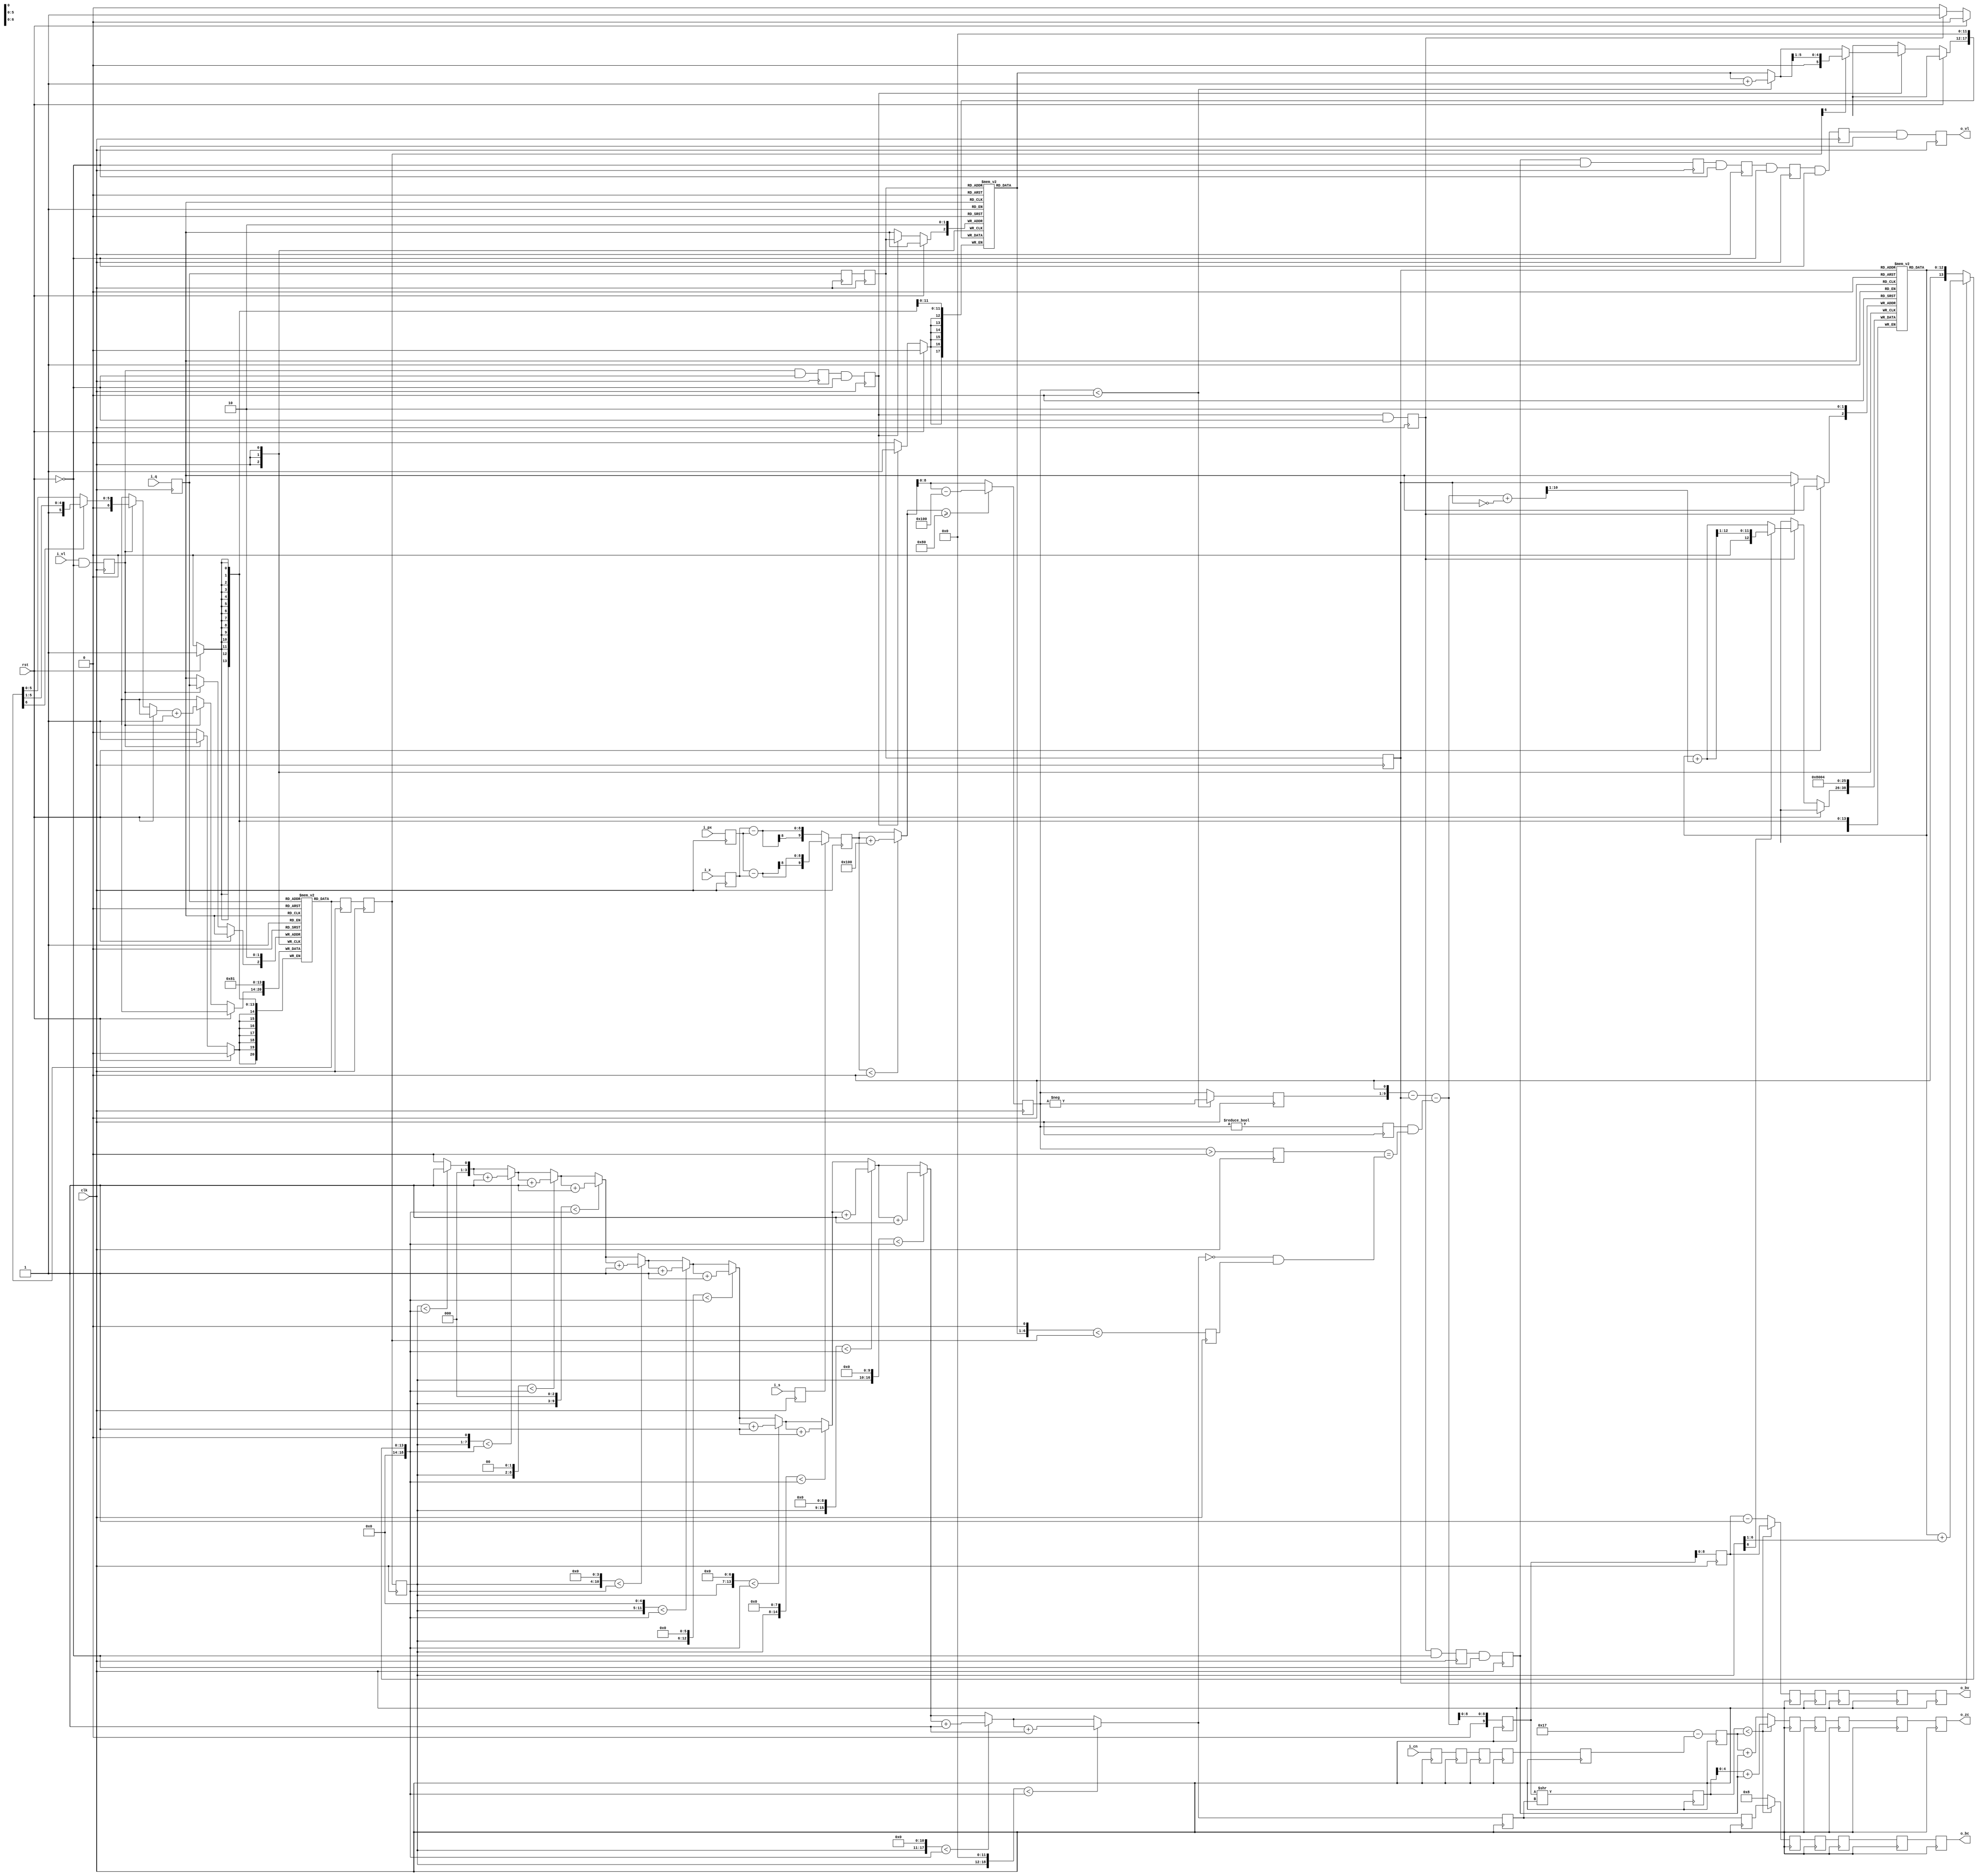

//--------------------------------------------------------------------------------------------------------
// Module  : run
// Type    : synthesizable, IP's submodule
// Standard: Verilog 2001 (IEEE1364-2001)
// Function: JPEG-LS's run-mode pixel encoding pipeline 
//           11 stage pipeline
//--------------------------------------------------------------------------------------------------------

module run (
    input  wire       rst,
    input  wire       clk,
    input  wire       i_vl,
    input  wire [7:0] i_x,
    input  wire [7:0] i_px,
    input  wire       i_s,
    input  wire       i_q,
    input  wire [3:0] i_cn,
    output reg        o_vl,
    output reg  [4:0] o_zc,
    output reg  [8:0] o_bv,
    output reg  [3:0] o_bc
);


localparam [4:0] LIMIT = 5'd23;


function  signed [8:0] modrange;
    input signed [9:0] val;
    reg   signed [9:0] new_val;
begin
    new_val = val;
    if ( new_val < 10'sd0 )
        new_val = new_val + 10'sd256;
    if ( new_val >= 10'sd128 )
        new_val = new_val - 10'sd256;
    modrange = new_val[8:0];
end
endfunction


function  [ 3:0] get_k_r;
    input [ 6:0] N;
    input [12:0] A;
    input [ 0:0] q;
    reg   [18:0] Nt, At;
    integer i;
begin
    Nt = {12'h0, N};
    At = { 6'h0, A};
    get_k_r = 4'd0;
    if (q)
        At = At + {13'd0, N[6:1]};
    for (i=0; i<13; i=i+1)
        if ((Nt<<i) < At)
            get_k_r = get_k_r + 4'd1;
end
endfunction


function  [6:0] N_update;
    input [6:0] N;
begin
    N_update = N;
    if (N[6])
        N_update = (N_update >>> 1);
    N_update = N_update + 7'd1;
end
endfunction


function  [5:0] B_update;
    input [0:0] errm0, reset;
    input [5:0] B;
begin
    B_update = B;
    if (errm0)
        B_update = B_update + 6'd1;
    if (reset)
        B_update = (B_update >>> 1);
end
endfunction


function  [12:0] A_update;
    input [ 0:0] reset, aeqb;
    input [ 9:0] merr;
    input [12:0] A;
    reg   [10:0] Ap;
begin
    Ap = {1'b0, merr} + {10'd0, ~aeqb};
    A_update = A + {3'b0, Ap[10:1]};
    if (reset)
        A_update = (A_update >>> 1);
end
endfunction



reg [ 6:0] Nram [0:1];
reg [12:0] Aram [0:1];
reg [ 5:0] Bram [0:1];

reg              a_vl;
reg        [7:0] a_x;
reg        [7:0] a_px;
reg              a_q;
reg              a_s;
reg        [3:0] a_cn;

reg              b_vl;
reg              b_q;
reg        [6:0] b_N;
reg signed [9:0] b_err;
reg        [3:0] b_cn;

reg              c_vl;
reg              c_q;
reg        [6:0] c_N;
reg signed [8:0] c_err;
reg        [3:0] c_cn;

reg              d_vl;
reg              d_q;
reg        [6:0] d_N;
reg              d_2BltN;
reg              d_errne0;
reg              d_errgt0;
reg        [8:0] d_abserr;
reg        [3:0] d_cn;

reg              e_vl;
reg        [3:0] e_k;
reg        [9:0] e_merr;
reg        [3:0] e_cn;

reg              f_vl;
reg        [3:0] f_k;
reg        [8:0] f_merr;
reg        [8:0] f_merr_sk;
reg        [4:0] f_lm;

reg         g_vl;
reg  [ 4:0] g_zc;
reg  [ 8:0] g_bv;
reg  [ 3:0] g_bc;

reg         h_vl;
reg  [ 4:0] h_zc;
reg  [ 8:0] h_bv;
reg  [ 3:0] h_bc;

reg         j_vl;
reg  [ 4:0] j_zc;
reg  [ 8:0] j_bv;
reg  [ 3:0] j_bc;

reg         k_vl;
reg  [ 4:0] k_zc;
reg  [ 8:0] k_bv;
reg  [ 3:0] k_bc;


always @ (posedge clk) begin
    a_vl <= i_vl & (~rst);
    a_x <= i_x;
    a_px <= i_px;
    a_q <= i_q;
    a_s <= i_s;
    a_cn <= i_cn;
end


wire [6:0] a_N = Nram[a_q];

always @ (posedge clk) begin
    b_vl <= a_vl & (~rst);
    if (rst) begin
        Nram[0] <= 7'd1;
        Nram[1] <= 7'd1;
    end else if (a_vl)
        Nram[a_q] <= N_update(a_N);
    b_q <= a_q;
    b_N <= a_N;
    if (a_s)
        b_err <= $signed({2'h0, a_px}) - $signed({2'h0, a_x});
    else
        b_err <= $signed({2'h0, a_x}) - $signed({2'h0, a_px});
    b_cn <= a_cn;
end


always @ (posedge clk) begin
    c_vl <= b_vl & (~rst);
    c_q <= b_q;
    c_N <= b_N;
    c_err <= modrange(b_err);
    c_cn <= b_cn;
end


wire [5:0] c_B = Bram[c_q];

always @ (posedge clk) begin
    d_vl <= c_vl & (~rst);
    if (rst) begin
        Bram[0] <= 6'd0;
        Bram[1] <= 6'd0;
    end else if (c_vl)
        Bram[c_q] <= B_update((c_err<9'sd0), c_N[6], c_B);
    d_q <= c_q;
    d_N <= c_N;
    d_2BltN <= ({c_B,1'b0} < c_N);
    d_errne0 <= c_err != 9'sd0;
    d_errgt0 <= c_err >  9'sd0;
    if (c_err < 9'sd0)
        d_abserr <= $unsigned(-c_err);
    else
        d_abserr <= $unsigned( c_err);
    d_cn <= c_cn;
end


wire [12:0] d_A    = Aram[d_q];
wire [ 3:0] d_k    = get_k_r(d_N, d_A, d_q);
wire        d_map  = d_errne0 & (d_errgt0 == ((d_k==4'd0) & d_2BltN));
wire [ 9:0] d_merr = ({d_abserr, 1'b0} - {9'd0,d_q} - {9'd0,d_map});

always @ (posedge clk) begin
    e_vl <= d_vl & (~rst);
    if (rst) begin
        Aram[0] <= 13'd4;
        Aram[1] <= 13'd4;
    end else if (d_vl)
        Aram[d_q] <= A_update(d_N[6], d_q, d_merr, d_A);
    e_k <= d_k;
    e_merr <= d_merr[8:0];
    e_cn <= d_cn;
end


wire [9:0] e_merr_sk_e = (e_merr >> e_k);

always @ (posedge clk) begin
    f_vl <= e_vl & (~rst);
    f_k <= e_k;
    f_merr <= e_merr[8:0];
    f_merr_sk <= e_merr_sk_e[8:0];
    f_lm <= LIMIT - {1'b0, e_cn};
end


always @ (posedge clk) begin
    g_vl <= f_vl & (~rst);
    if (f_merr_sk < {4'd0,f_lm}) begin
        g_zc <= f_merr_sk[4:0] + {4'h0, f_vl};
        g_bv <= f_merr;
        g_bc <= f_k;
    end else begin
        g_zc <= f_lm + {4'h0, f_vl};
        g_bv <= f_merr - 9'd1;
        g_bc <= 4'd8;
    end
end


always @ (posedge clk) begin
    h_vl <= g_vl & (~rst);
    h_zc <= g_zc;
    h_bv <= g_bv;
    h_bc <= g_bc;
end


always @ (posedge clk) begin
    j_vl <= h_vl & (~rst);
    j_zc <= h_zc;
    j_bv <= h_bv;
    j_bc <= h_bc;
end


always @ (posedge clk) begin
    k_vl <= j_vl & (~rst);
    k_zc <= j_zc;
    k_bv <= j_bv;
    k_bc <= j_bc;
end


always @ (posedge clk) begin
    o_vl <= k_vl & (~rst);
    o_zc <= k_zc;
    o_bv <= k_bv;
    o_bc <= k_bc;
end

endmodule